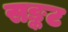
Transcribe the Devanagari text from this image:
सङ्कट